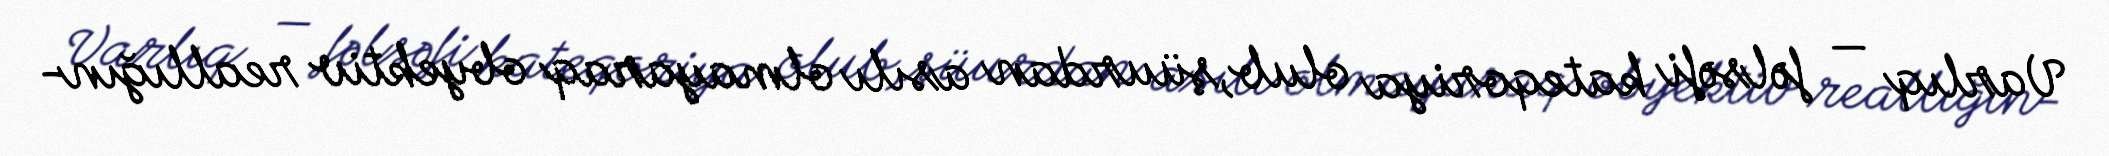
Varlıq — fəlsəfi kateqoriya olub,şüurdan asılı olmayaraq obyektiv reallığın-